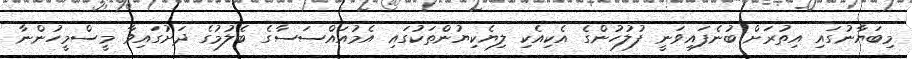
މިބަޔާނުގައި އިތުރަށް ބުނެފައިވަނީ ފުލުހުންގެ އެކިއެކި ލިޔެކިޔުންތަކުގައި އެމުއައްސަސާގެ ބެލުމުގެ ދަށުގައިވާ މީސްމީހުންނާ